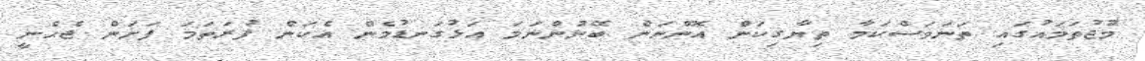
މުޖުތަމައުގައި ތަނަވަސްކަމާ ތިޔާގިކަން އޮންނަން ބޭނުންނަމަ އަޅުގަނޑުމެން އެކަން ފުރަތަމަ ފަށަން ޖެހެނީ